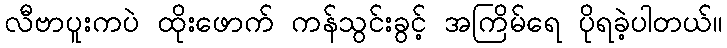
လီဗာပူးကပဲ ထိုးဖောက် ကန်သွင်းခွင့် အကြိမ်ရေ ပိုရခဲ့ပါတယ်။